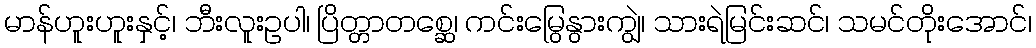
မာန်ဟူးဟူးနှင့်၊ ဘီးလူးဥပါ၊ ပြိတ္တာတစ္ဆေ၊ ကင်းမြွေနွားကျွဲ၊ သားရဲမြင်းဆင်၊ သမင်တိုးအောင်၊